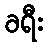
ခရီး